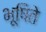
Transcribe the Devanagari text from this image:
भूषिते